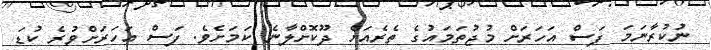
ނުކުރާނަމަ ފަސް އަހަރަށް މުޖުތަމައުގެ ތެރެއަށް ދޫކޮށްލާނެ ކަމަށެވެ. ފަސް އަހަރަށްވުރެ ކުޑަ